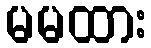
မမထား